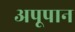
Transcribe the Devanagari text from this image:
अपूपान